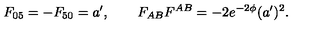
F _ { 0 5 } = - F _ { 5 0 } = a ^ { \prime } , \qquad F _ { A B } F ^ { A B } = - 2 e ^ { - 2 \phi } ( a ^ { \prime } ) ^ { 2 } .